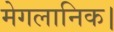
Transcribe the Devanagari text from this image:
मेगलानिक।